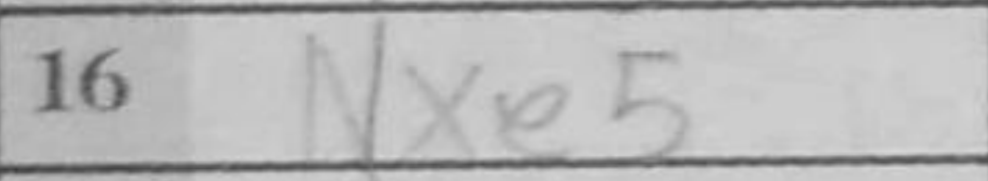
Transcription: Nxe5